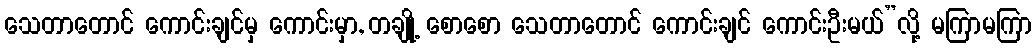
သေတာတောင် ကောင်းချင်မှ ကောင်းမှာ, တချို့ စောစော သေတာတောင် ကောင်းချင် ကောင်းဦးမယ်”လို့ မကြာမကြာ